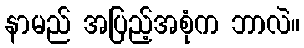
နာမည် အပြည့်အစုံက ဘာလဲ။